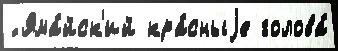
́ Яма́йск'ий кра́сныjе голова́